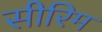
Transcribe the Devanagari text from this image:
सीरिम